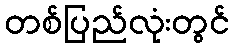
တစ်ပြည်လုံးတွင်